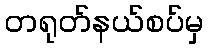
တရုတ်နယ်စပ်မှ